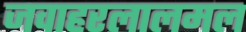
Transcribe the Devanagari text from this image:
जवाहरलालमल